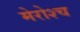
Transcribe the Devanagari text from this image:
मेरोश्च